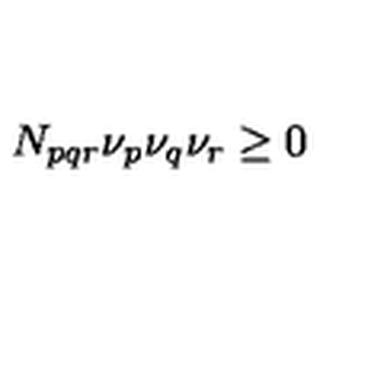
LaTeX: N _ { p q r } \nu _ { p } \nu _ { q } \nu _ { r } \geq 0